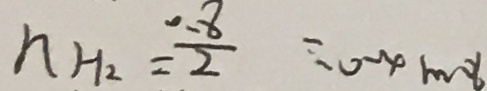
h _ { H _ { 2 } } = \frac { 0 . 8 } { 2 } = 0 . 4 m o l